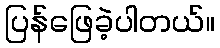
ပြန်ဖြေခဲ့ပါတယ်။